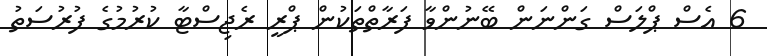
6 އެސް ޕްލަސް ގަންނަން ބޭނުންވާ ފަރާތްތަކުން ޕްރީ ރެޖިސްޓާ ކުރުމުގެ ފުރުސަތު